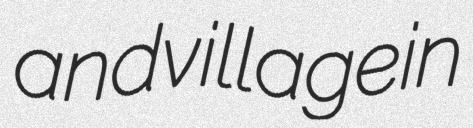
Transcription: and village in